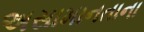
અસામાનતાના